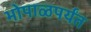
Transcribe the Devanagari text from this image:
भोपाळपर्यंत